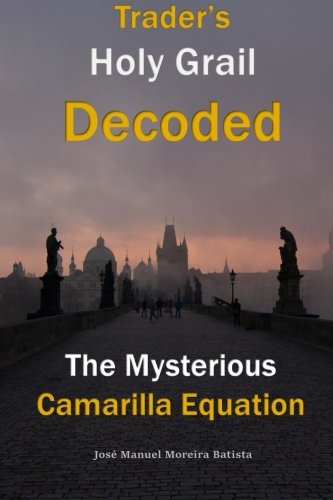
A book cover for The Mysterious Camarilla Equation: Trader's Holy Grail Decoded; Jose Manuel Moreira Batista; Business & Money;